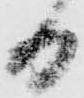
日